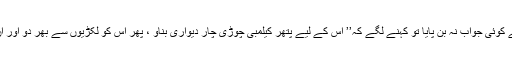
} حضرت ابراہیم عَلَیْہِ الصَّلٰوۃُ وَالسَّلَام کا جواب سن کر وہ لوگ حیران ہوگئے اور اُن سے کوئی جواب نہ بن پایا تو کہنے لگے کہ’’ اس کے لیے پتھر کیلمبی چوڑی چار دیواری بناؤ ، پھر اس کو لکڑیوں سے بھر دو اور ان میں آگ لگادو، یہاں تک کہ جب آگ زور پکڑلے تو پھرانہیں بھڑکتی آگ میں ڈال دو۔